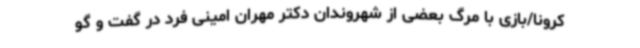
کرونا/بازی با مرگ بعضی از شهروندان دکتر مهران امینی فرد در گفت و گو